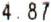
4.87